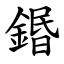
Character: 鍲